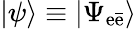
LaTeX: |\psi\rangle\equiv|\Psi_{\mathrm{e}\bar{{\mathrm{e}}}}\rangle